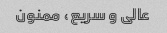
عالی و سریع، ممنون